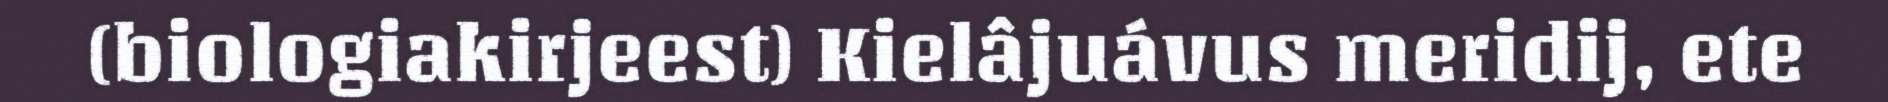
(biologiakirjeest) Kielâjuávus meridij, ete